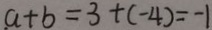
a + b = 3 + ( - 4 ) = - 1